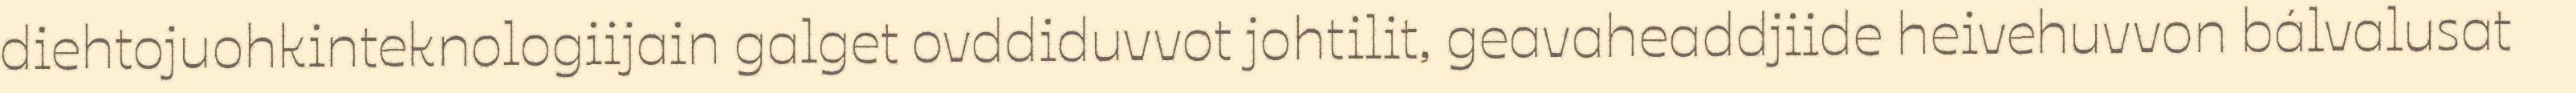
diehtojuohkinteknologiijain galget ovddiduvvot johtilit, geavaheaddjiide heivehuvvon bálvalusat